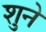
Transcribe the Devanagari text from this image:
शुने